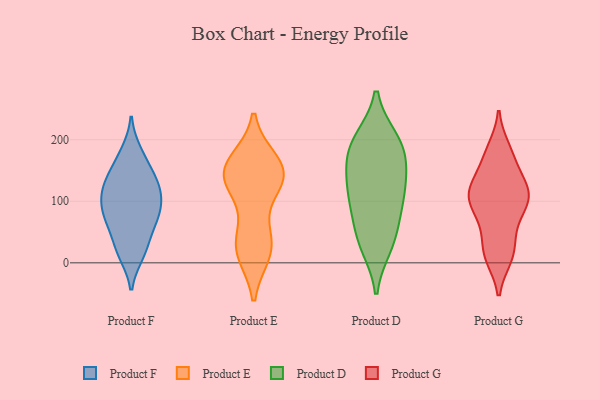
{"axis": {"x": "Temperature (°C)", "y": "Value"}, "legend": ["Product D", "Product E", "Product F", "Product G"], "data": [{"x": "", "y": 100, "type": "Product F"}, {"x": "", "y": 71, "type": "Product F"}, {"x": "", "y": 137, "type": "Product F"}, {"x": "", "y": 139, "type": "Product F"}, {"x": "", "y": 76, "type": "Product F"}, {"x": "", "y": 27, "type": "Product F"}, {"x": "", "y": 66, "type": "Product F"}, {"x": "", "y": 169, "type": "Product F"}, {"x": "", "y": 179, "type": "Product F"}, {"x": "", "y": 128, "type": "Product F"}, {"x": "", "y": 109, "type": "Product F"}, {"x": "", "y": 98, "type": "Product F"}, {"x": "", "y": 19, "type": "Product F"}, {"x": "", "y": 15, "type": "Product F"}, {"x": "", "y": 121, "type": "Product F"}, {"x": "", "y": 70, "type": "Product F"}, {"x": "", "y": 148, "type": "Product E"}, {"x": "", "y": 148, "type": "Product E"}, {"x": "", "y": 21, "type": "Product E"}, {"x": "", "y": 38, "type": "Product E"}, {"x": "", "y": 147, "type": "Product E"}, {"x": "", "y": 163, "type": "Product E"}, {"x": "", "y": 127, "type": "Product E"}, {"x": "", "y": 18, "type": "Product E"}, {"x": "", "y": 131, "type": "Product E"}, {"x": "", "y": 148, "type": "Product E"}, {"x": "", "y": 31, "type": "Product E"}, {"x": "", "y": 143, "type": "Product D"}, {"x": "", "y": 171, "type": "Product D"}, {"x": "", "y": 161, "type": "Product D"}, {"x": "", "y": 49, "type": "Product D"}, {"x": "", "y": 198, "type": "Product D"}, {"x": "", "y": 28, "type": "Product D"}, {"x": "", "y": 200, "type": "Product D"}, {"x": "", "y": 87, "type": "Product D"}, {"x": "", "y": 109, "type": "Product D"}, {"x": "", "y": 100, "type": "Product D"}, {"x": "", "y": 33, "type": "Product D"}, {"x": "", "y": 195, "type": "Product D"}, {"x": "", "y": 124, "type": "Product D"}, {"x": "", "y": 164, "type": "Product G"}, {"x": "", "y": 104, "type": "Product G"}, {"x": "", "y": 118, "type": "Product G"}, {"x": "", "y": 15, "type": "Product G"}, {"x": "", "y": 120, "type": "Product G"}, {"x": "", "y": 103, "type": "Product G"}, {"x": "", "y": 133, "type": "Product G"}, {"x": "", "y": 73, "type": "Product G"}, {"x": "", "y": 14, "type": "Product G"}, {"x": "", "y": 184, "type": "Product G"}, {"x": "", "y": 110, "type": "Product G"}, {"x": "", "y": 78, "type": "Product G"}, {"x": "", "y": 176, "type": "Product G"}, {"x": "", "y": 108, "type": "Product G"}, {"x": "", "y": 10, "type": "Product G"}, {"x": "", "y": 41, "type": "Product G"}]}